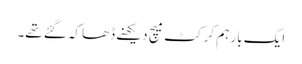
ایک بار ہم کرکٹ میچ دیکھنے ڈھاکہ گئے تھے۔